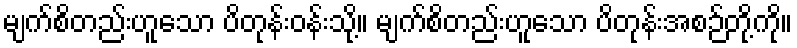
မျက်စိတည်းဟူသော ပိတုန်းဝန်းသို့။ မျက်စိတည်းဟူသော ပိတုန်းအစဉ်တို့ကို။